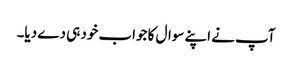
آپ نے اپنے سوال کا جواب خود ہی دے دیا۔